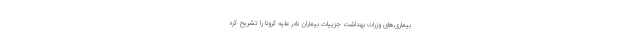
بیماری‌های وزرات بهداشت جزییات بیماران نادر علیه کرونا را تشریح کرد